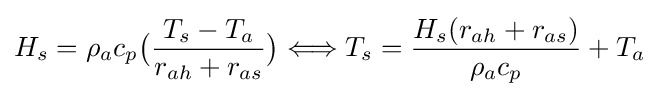
H_{s}={\rho _{a}c_{p}}{\bigl (}{\frac {T_{s}-T_{a}}{r_{ah}+r_{as}}}{\bigr )}\Longleftrightarrow T_{s}={\frac {H_{s}(r_{ah}+r_{as})}{\rho _{a}c_{p}}}+{T_{a}}